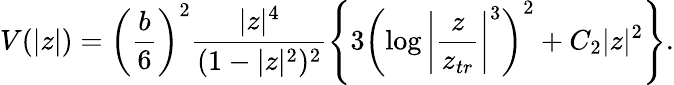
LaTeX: V(|z|)=\left(\frac{b}{6}\right)^{2}\frac{|z|^{4}}{(1-|z|^{2})^{2}}\left\{ 3\left(\log\left|\frac{z}{z_{tr}}\right|^{3}\right)^{2}+C_{2}|z|^{2}\right\} .